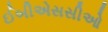
ઈબીએસસીઓ